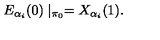
E _ { \alpha _ { i } } ( 0 ) \mid _ { \pi _ { 0 } } = X _ { \alpha _ { i } } ( 1 ) .